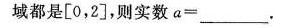
域都是[0,2],$$a = ___$$.